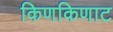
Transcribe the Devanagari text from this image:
किणकिणाट